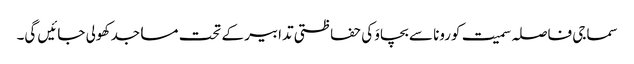
سماجی فاصلہ سمیت کورونا سے بچاوَ کی حفاظتی تدابیر کے تحت مساجد کھولی جائیں گی۔